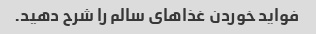
فواید خوردن غذاهای سالم را شرح دهید.